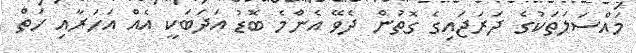
މައްސަލަތަކުގެ ދަރަޖައިގެ ގޮތުން ދެވޭ އެންމެ ބޮޑު އަދަބަކީ އެއް އަހަރާއި ހަތް